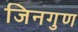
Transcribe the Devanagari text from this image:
जिनगुण